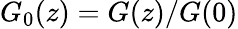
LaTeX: G_{0}(z)=G(z)/G(0)